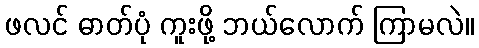
ဖလင် ဓာတ်ပုံ ကူးဖို့ ဘယ်လောက် ကြာမလဲ။